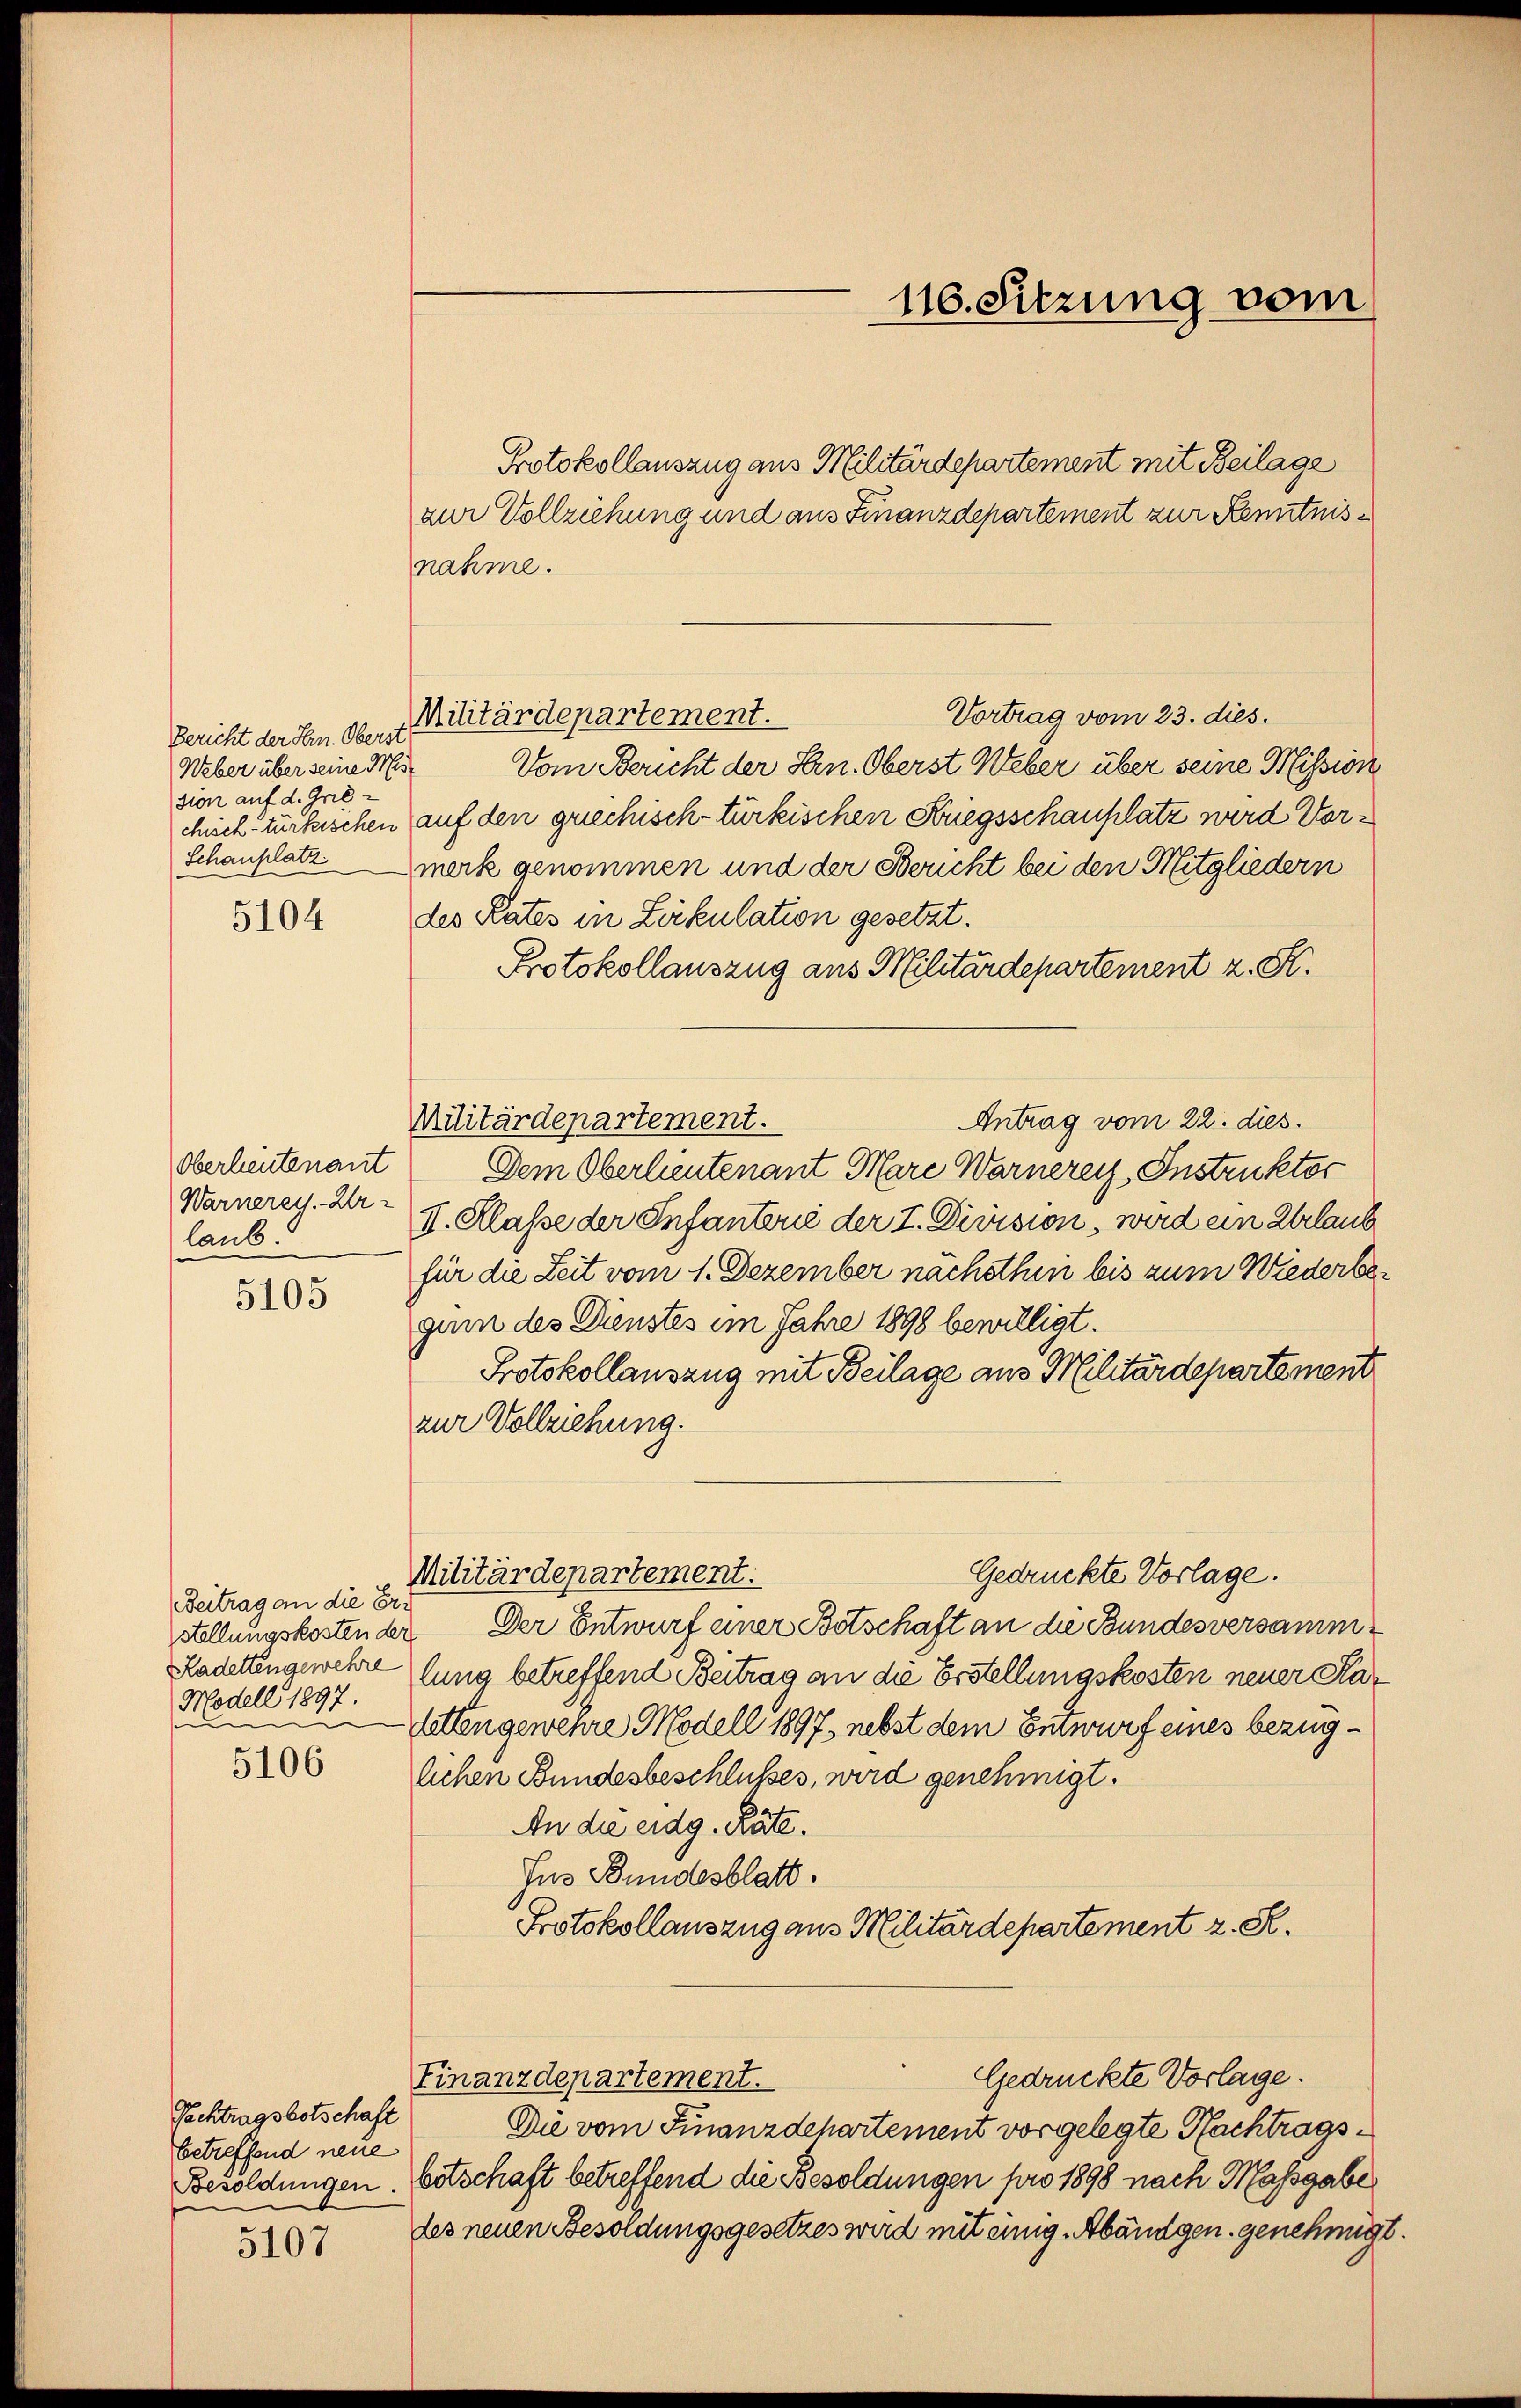
Bericht der Hrn. Oberst
Weber über seine Mission auf d. Grie
chisch-türkischen
Schauplatz

5104

Oberleutenant
Warnerey. Er
laub.

5105

Beitrag an die Ers
Modell 1897.
1

5106

Pachtragsbotschaft
betreffend neue

5107

Vortrag vom 23. dies.
Militärdepartement.

Protokollauszug aus Militärdepartement mit Beilage
zur Vollziehung und aus Finanzdepartement zur Kenntnisnahme.
Vom Bericht der Hrn. Oberst Weber über seine Mission
auf den griechisch-türkischen Kriegsschauplatz wird Vormerk genommen und der Bericht bei den Mitgliedern
des Rates in Zirkulation gesetzt.
Protokollauszug aus Militärdepartement z. S.
Militärdepartement.
Antrag vom 22. dies
Dem Oberlieutenant Mare Warnerey Instruktor
II. Klasse der Infantere der I. Division, wird ein Urlaub
für die Zeit vom 1. Dezember nächsthin bis zum Wiederbegum des Dienstes im Jahre 1898 bewilligt.
Protokollauszug mit Beilage aus Militärdepartement
zur Vollziehung.
Gedrückte Vorlage.
Militärdepartement:
stellungskosten der Der Entwurf einer Botschaft an die Bundesversamm¬
Kadettengewehre lung betreffend Beitrag an die Erstellungskosten neuer Ka¬
Lattengewehre Modell 1897, nebst dem Entwurf eines bezuglichen Bundesbeschlußes, wird genehmigt.
An die eidg. Räte.
Jus Bundesblatt.
Protokollauszug aus Militärdepartement z. R.

Die vom Finanzdepartement vorgelegte Nachtrags¬
Besoldungen. Eitschaft betreffend die Besoldungen pro 1898 nach Massgabe
des neuen Besoldungsgesetzes wird mit einige Abändgen. genehmigt.

116. Sitzung vom

Gedrückte Vorlage.
Finanzdepartement.